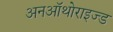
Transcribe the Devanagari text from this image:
अनऑथोराइज्ड